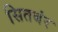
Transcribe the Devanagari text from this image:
सितबंर